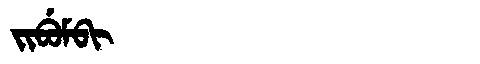
Manchu: ᠵᡳᠪᡠᠮᠪᡳ
Romanization: JIBUMBI